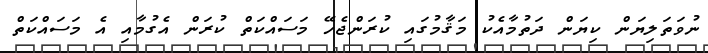
ނުވަތަލިޔަން ކިޔަން ދަތުމާއެކު މަޤާމުގައި ކުރަންޖެހޭ މަސައްކަތް ކުރަން އެގުމާއި އެ މަސައްކަތް